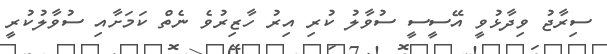
ސިރާޖު ވިދާޅުވީ އޭސީސީ ސުވާލު ކުރި އިރު ހާޒިރުވެ ނެތް ކަމަށާއި ސުވާލުކުރީ